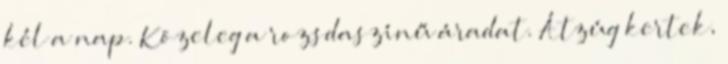
kél a nap. Közeleg a rozsdaszínű áradat. Átzúg kertek,